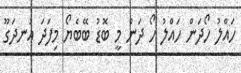
ހައްލު ހޯދަން ހައްލު ހޯ ދަން މީ ބޮޑު ބޭބެޔޯ މިފަދަ އުނދަގޫ